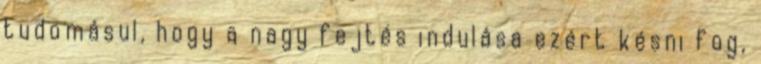
tudomásul, hogy a nagy fejtés indulása ezért késni fog,